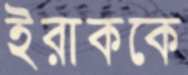
ইরাককে